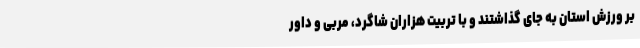
بر ورزش استان به جای گذاشتند و با تربیت هزاران شاگرد، مربی و داور